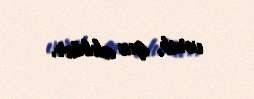
verib, qız alıblar.